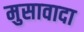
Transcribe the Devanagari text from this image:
मुसावादा